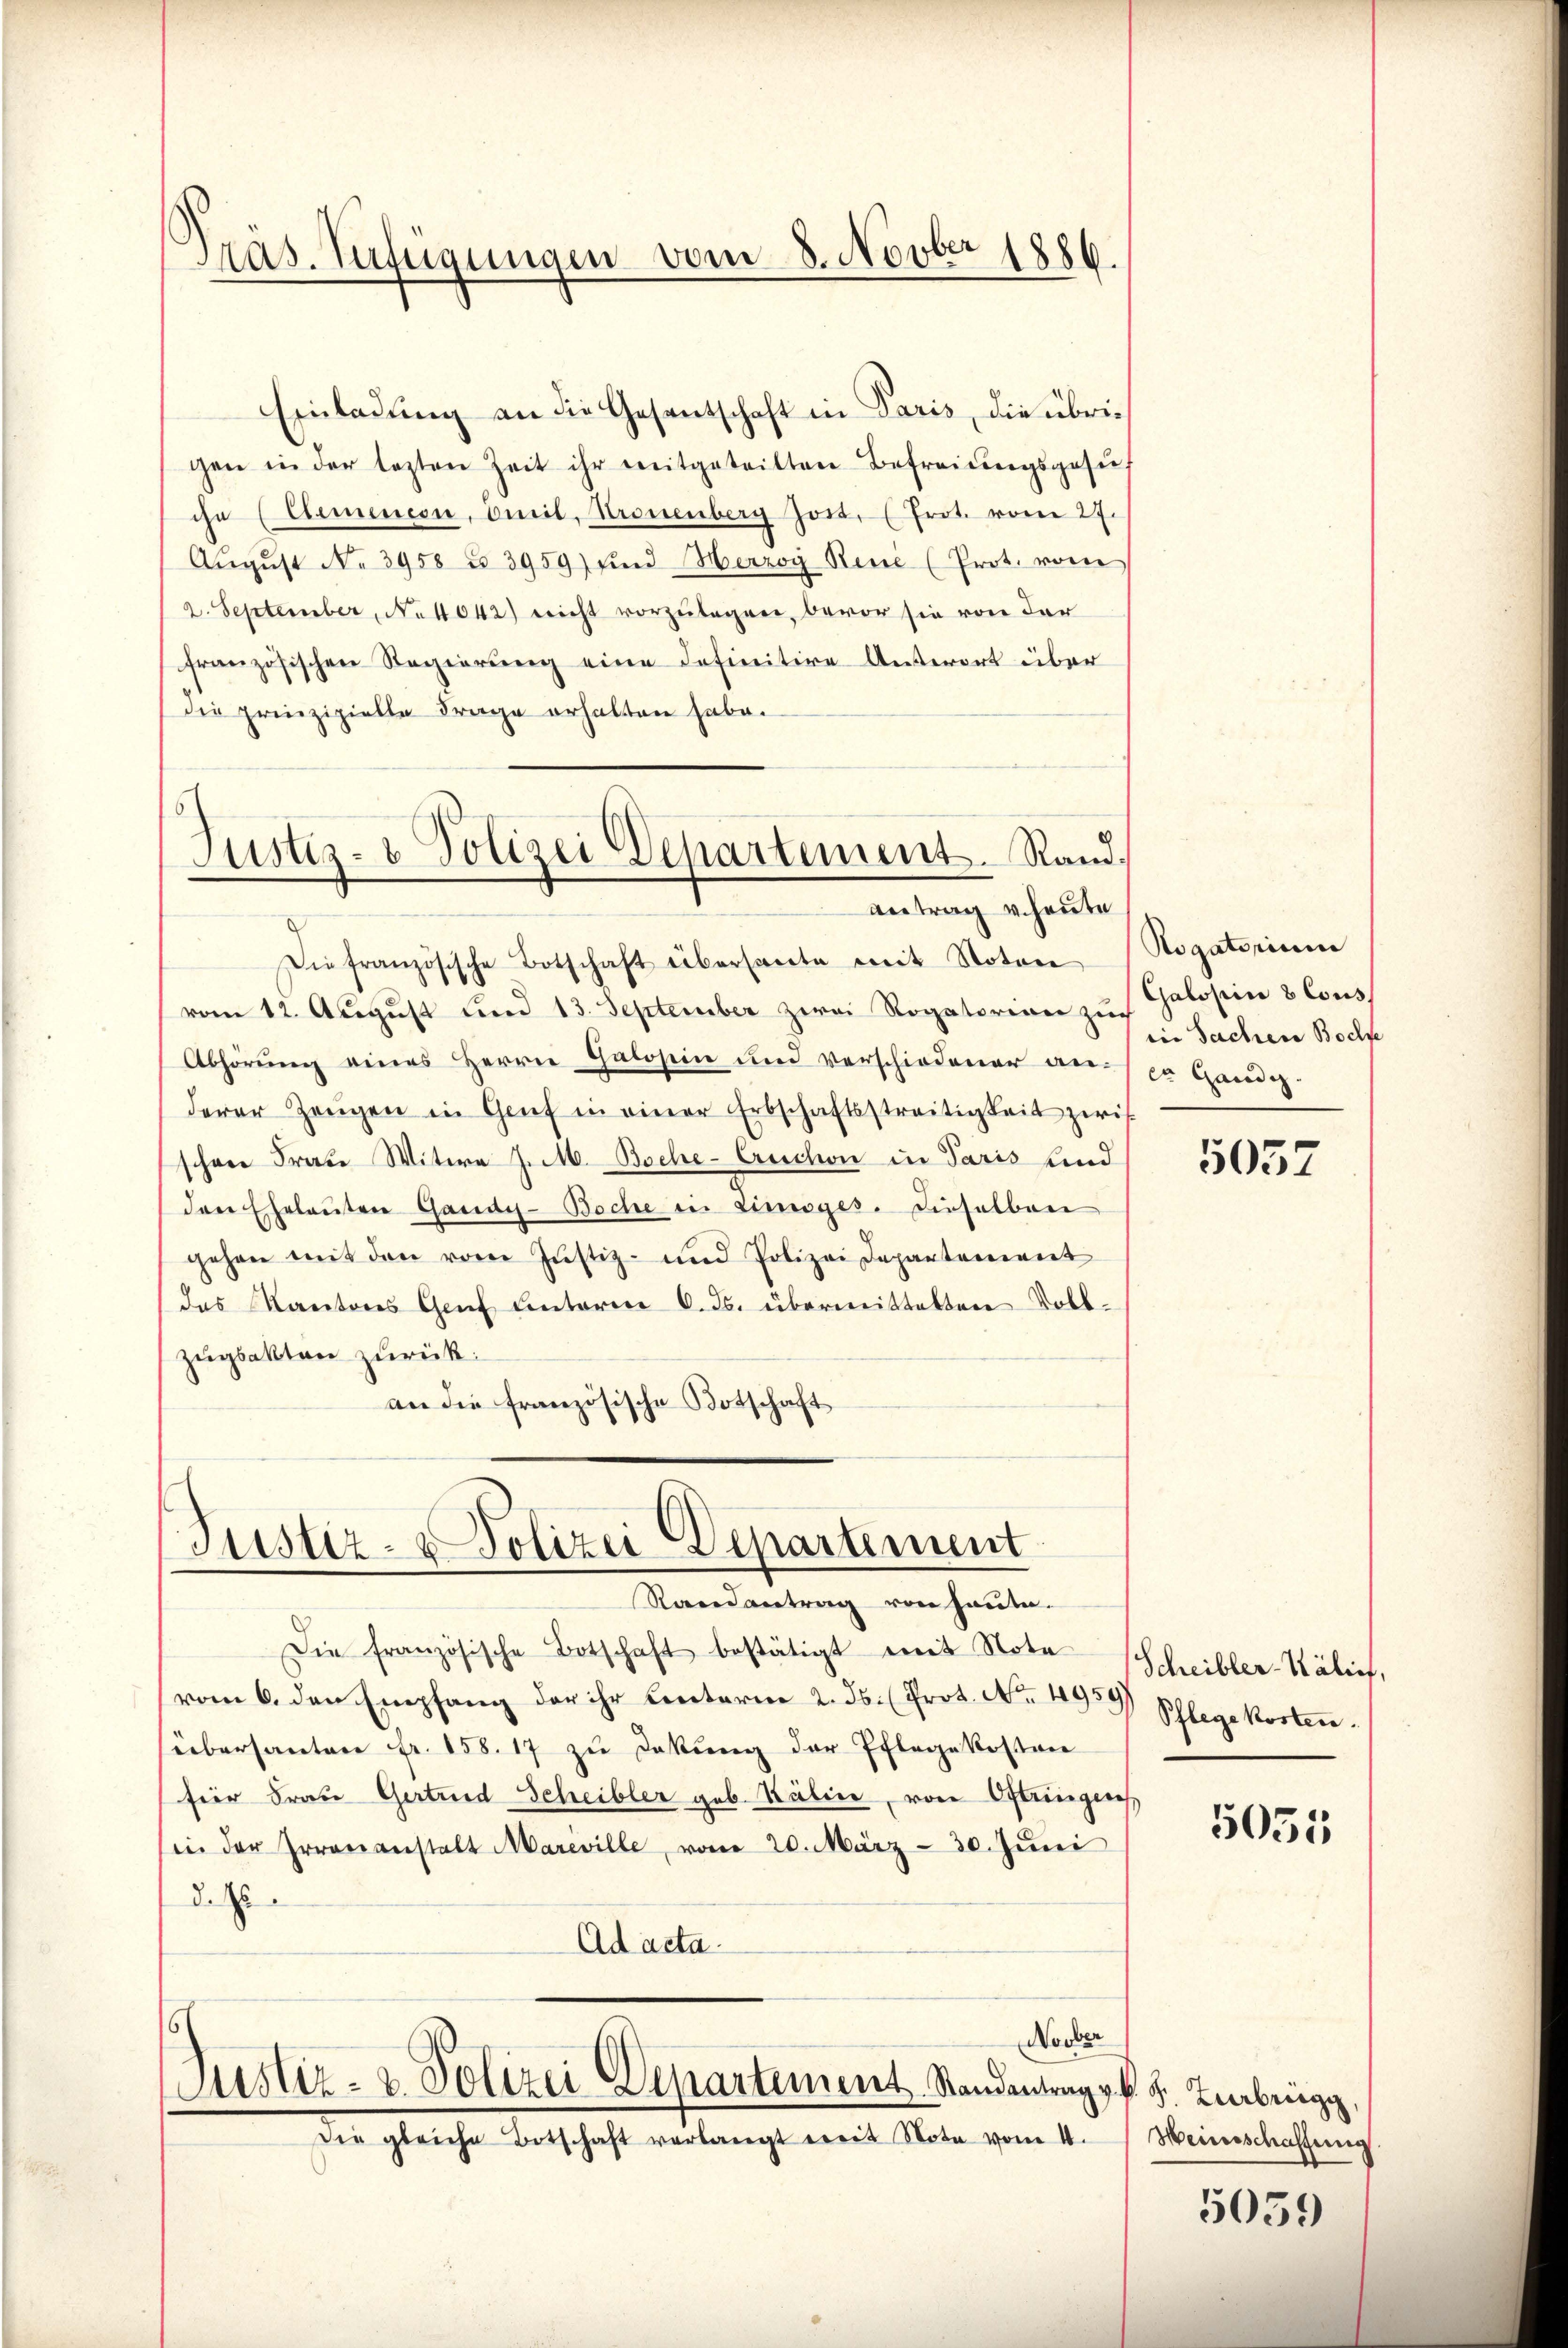
Präs. Zufügungen vom 8. Novber 1886.

Einladung an die Gesentschaft in Paris, die übrigen in der lezten Zeit ihr mitgeteilten Befreiungsgesŭch
ihn (Elemencon, Omeil, Kronenberg Jost. (Frot. vom 27.
Aŭgŭst No 3958 u. 3959) find Herzog René (Prot. vom
2. September, No 4042) nicht vorzulagen, bevor sie von der
französischen Regierŭng eine Definitive Unterort über
die prinzipielle Frage erhalten habe.

6
Justiz- & Polizei Departement. Rand¬
Antrag v. heute

Justiz- & Polizei Departement
Randantrag von heute.

Die französische Botschaft übersante mit Noten
vom 12. August und 13. September zwei Rogatorian zu Galopin 8 Cous
Abhörung eines Herrn Galosein und verschiedener anderer Zeŭgen in Genf in einer Erbschaftsstreitigkeit zwis
schon Frau Witwe J. M. Boche-Cruchon in Paris und
den Eheleuten Gandes-Boche in Limoges. Dieselben
gehen mit den vom Justiz- und Polizei Departement
des Kantons Genf unterm 6. ds. übermittelten Voll-
zügsakten zurück:
an die französische Botschaft

Die französische Botschaft bestätigt mit Nota¬
(vom 6. den Empfang der ihr Centerne 2. ds. (Prot. No. 4959)
übersanten fr. 158. 17 zu Dekŭng der Pflegekosten
für Frau Gertrud Scheibler geb. Kälin, von Oftringen
in der Irrenanstalt Mareville, vom 20. März - 30. Jŭni
dass
Ad acta.
6
Noober

Justiz- & Polizei Departement Randantrag v. k. F. Zeubrugg,
Die gleiche Botschaft verlangt weit Note vom 4.

Rogatorium
in Sachen Boch
cn Gandi

5057

Scheibler-Kälief,
Pflegekosten.

5055

Heinschaffung

5059